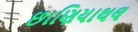
છાણિયાથલ